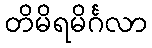
တိမိရမိင်္ဂလာ